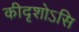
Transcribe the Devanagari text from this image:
कीदृशोऽसि